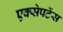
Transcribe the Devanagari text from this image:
एक्सेपटेंस